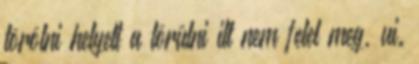
törölni helyett a törülni itt nem felel meg, ui.